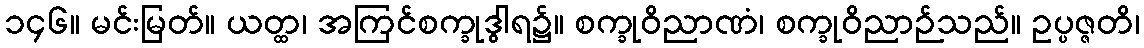
၁၄၆။ မင်းမြတ်။ ယတ္ထ၊ အကြင်စက္ခုဒွါရ၌။ စက္ခုဝိညာဏံ၊ စက္ခုဝိညာဉ်သည်။ ဥပ္ပဇ္ဇတိ၊